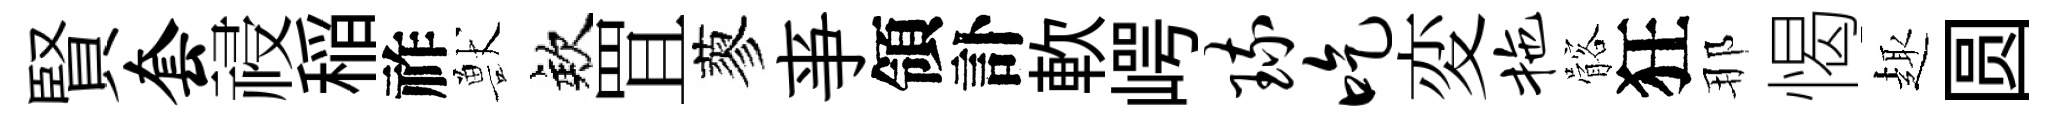
賢套祲稲祚獸欸罝蓼亊領訃軟崿琉吃変拖髂狂那愒趣圆